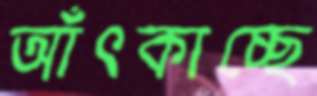
আঁৎকাচ্ছে